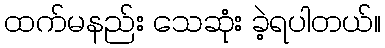
ထက်မနည်း သေဆုံး ခဲ့ရပါတယ်။